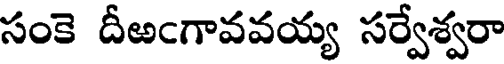
సంకె దీఱఁగావవయ్య సర్వేశ్వరా